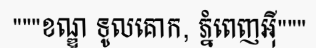
"""ខណ្ឌ ទូលគោក, ភ្នំពេញអ៊ី"""